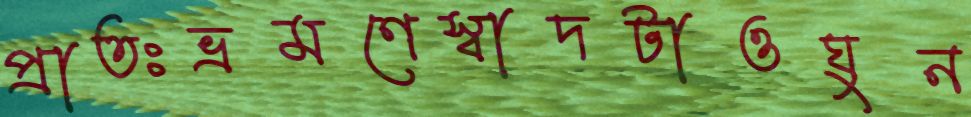
প্রাতঃভ্রমণেস্বাদটাওঘুন